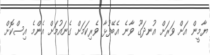
ޔާމީން އަށް ވަރަށް އުނދަގޫ ވާނެ އެބޭފުޅާ ވެރިކަމަށް ގެނައުމަށް އެންމެ އިސްކޮށް